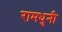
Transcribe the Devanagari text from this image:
रामधुनी